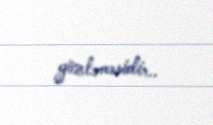
gözləməsidir..